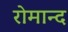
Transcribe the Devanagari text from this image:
रोमान्द